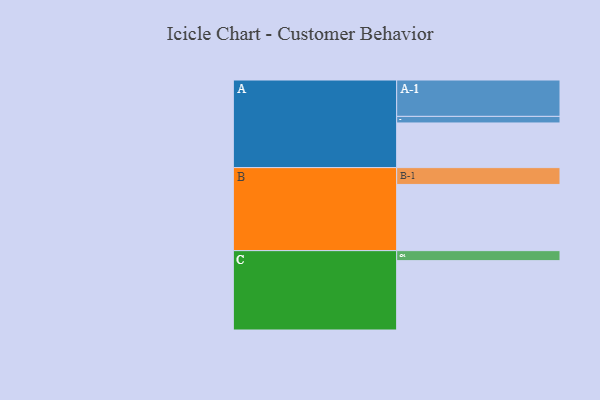
{"axis": {"x": "Segment", "y": "Value"}, "legend": ["", "A", "B", "C"], "data": [{"x": "A", "y": 340, "type": ""}, {"x": "B", "y": 504, "type": ""}, {"x": "C", "y": 528, "type": ""}, {"x": "A-1", "y": 277, "type": "A"}, {"x": "A-2", "y": 50, "type": "A"}, {"x": "B-1", "y": 128, "type": "B"}, {"x": "C-1", "y": 76, "type": "C"}]}